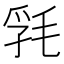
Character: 㲗